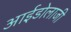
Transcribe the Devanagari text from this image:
आईडोलाजी